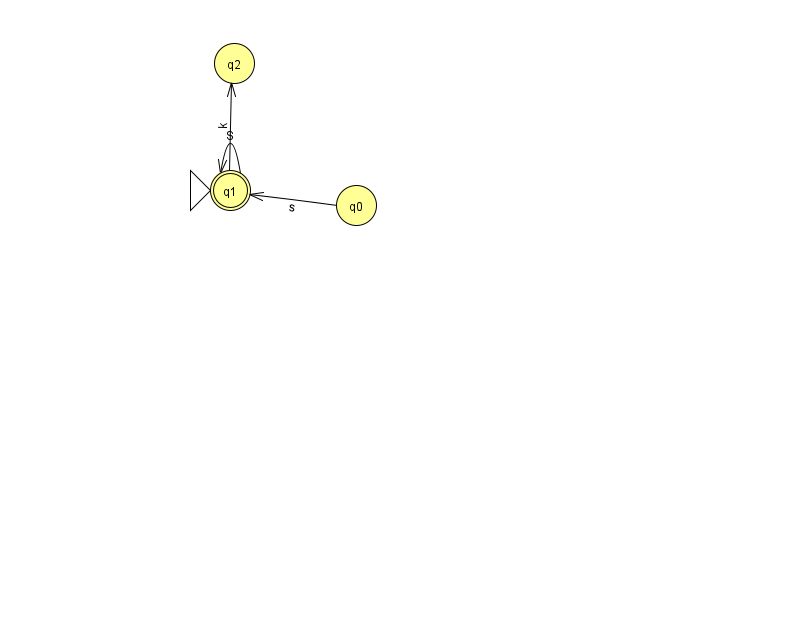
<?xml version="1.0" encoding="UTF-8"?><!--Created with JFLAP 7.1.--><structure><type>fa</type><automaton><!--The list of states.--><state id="0" name="q0"><x>356.0</x><y>192.0</y></state><state id="1" name="q1"><x>230.0</x><y>177.0</y><initial/><final/></state><state id="2" name="q2"><x>234.0</x><y>50.0</y></state><!--The list of transitions.--><transition><from>1</from><to>1</to><read>S</read></transition><transition><from>1</from><to>2</to><read>k</read></transition><transition><from>0</from><to>1</to><read>s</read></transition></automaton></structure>